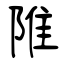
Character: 陮